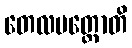
တေလပတ္တောတိ